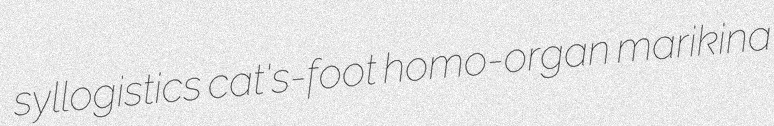
syllogistics cat's-foot homo-organ marikina